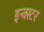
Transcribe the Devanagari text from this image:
इन्क्स्टर